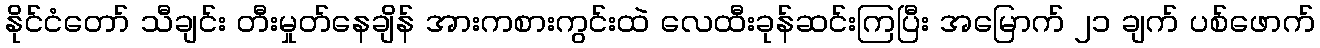
နိုင်ငံတော် သီချင်း တီးမှုတ်နေချိန် အားကစားကွင်းထဲ လေထီးခုန်ဆင်းကြပြီး အမြောက် ၂၁ ချက် ပစ်ဖောက်